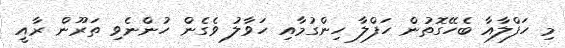
މި ހަފްލާއާ ބެހޭގޮތުން ހަފްލާ ހިންގުމާއި ހަވާލު ވެގެން ހުންނެވި ތަރޫން ރާއީ